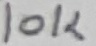
Text: 10K